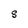
Character: S